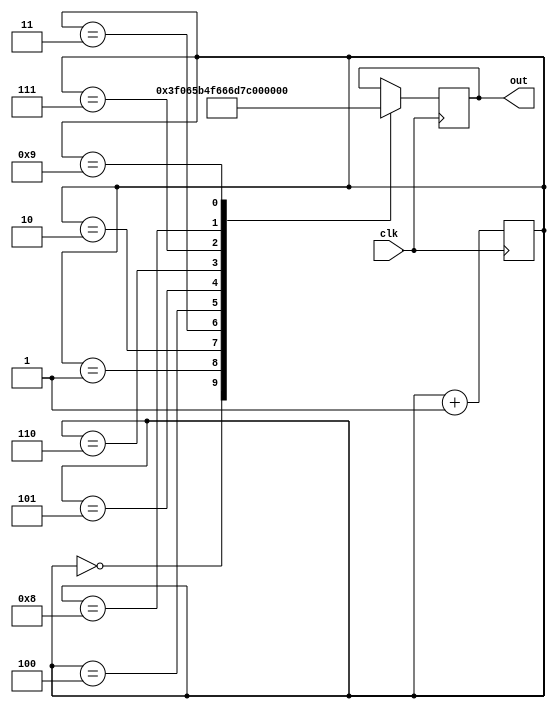
// seven segment display, Show in rotation
// +-a-+
// f   b    0b  0|0|0|0|0|0|0|0
// +-g-+    -- dp|g|f|e|d|c|b|a
// e   c
// +-d-+ dp
// ---------------------------------------------------------------------------
// 0 [0x3f] => a | b | c | d | e | f     5 [0x6d] => a | c | d | f | g
// 1 [0x06] => b | c                     6 [0x7c] => c | d | e | f | g
// 2 [0x5b] => a | b | d | e | g         7 [0x07] => a | b | c
// 3 [0x4f] => a | b | c | d | g         8 [0x7f] => a | b | c | d | e | f | g
// 4 [0x66] => b | c | f | g             9 [0x6f] => a | b | c | d | f | g
// ---------------------------------------------------------------------------

module show_in_rotation(input clk, output reg [7:0] out);
  reg [3:0] count;

  always @(posedge clk) begin
    case(count)
      4'b0000: out <= 8'h3f;  // 0
      4'b0001: out <= 8'h06;  // 1
      4'b0010: out <= 8'h5b;  // 2
      4'b0011: out <= 8'h4f;  // 3
      4'b0100: out <= 8'h66;  // 4
      4'b0101: out <= 8'h6d;  // 5
      4'b0110: out <= 8'h7c;  // 6
      4'b0111: out <= 8'h07;  // 7
      4'b1000: out <= 8'h7f;  // 8
      4'b1001: out <= 8'h6f;  // 9
    endcase
    count <= count + 1;
  end
endmodule